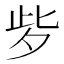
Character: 㱔